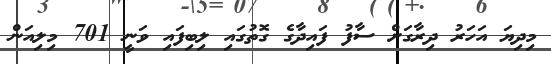
މިދިޔަ އަހަރު ދިރާގަށް ސާފު ފައިދާގެ ގޮތުގައި ލިބިފައި ވަނީ 701 މިލިއަން